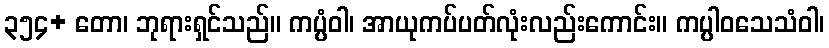
၃၅၄+ တော၊ ဘုရားရှင်သည်။ ကပ္ပံဝါ၊ အာယုကပ်ပတ်လုံးလည်းကောင်း။ ကပ္ပါဝသေသံဝါ၊